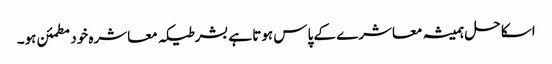
اسکا حل ہمیشہ معاشرے کے پاس ہوتا ہے بشرطیکہ معاشرہ خود مطمئن ہو۔